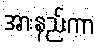
အားနည်းကာ